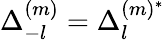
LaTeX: \Delta_{-l}^{(m)}=\Delta_{l}^{(m)^{\ast}}